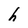
Character: h